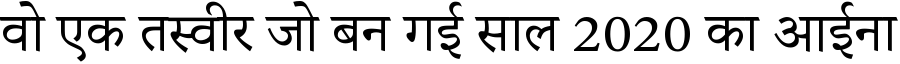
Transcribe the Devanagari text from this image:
वो एक तस्वीर जो बन गई साल 2020 का आईना